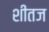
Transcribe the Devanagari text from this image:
शीतज